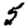
Digit: 5